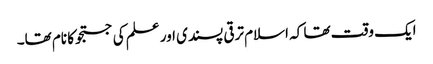
ایک وقت تھا کہ اسلام ترقی پسندی اور علم کی جستجو کا نام تھا۔